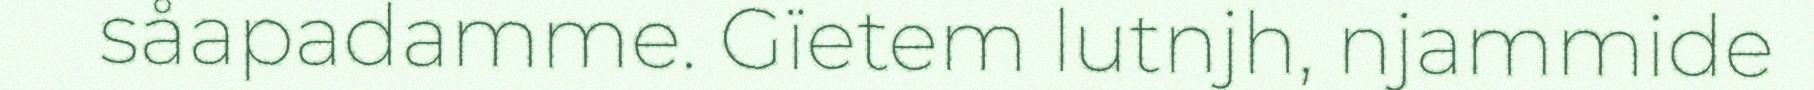
såapadamme. Gïetem lutnjh, njammide